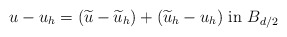
\begin{align*}u - u_h = (\widetilde u - \widetilde u_h) + (\widetilde u_h - u_h) \mbox{ in $B_{d/2}$} \end{align*}